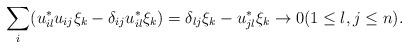
LaTeX: \begin{align*}\sum_{i}( u_{il}^*u_{ij}\xi_k-\delta_{ij}u_{il}^*\xi_k) = \delta_{lj}\xi_k - u_{jl}^*\xi_k \to 0 (1 \le l,j \le n).\end{align*}